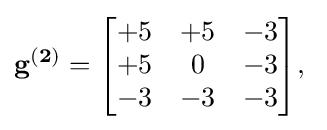
\mathbf {g^{(2)}} ={\begin{bmatrix}+5&+5&-3\\+5&0&-3\\-3&-3&-3\end{bmatrix}},\